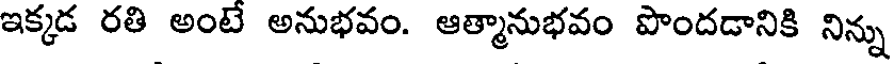
ఇక్కడ రతి అంటే అనుభవం. ఆత్మానుభవం పొందడానికి నిన్ను